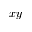
x y